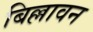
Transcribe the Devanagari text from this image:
बिल्लावन